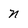
Character: n